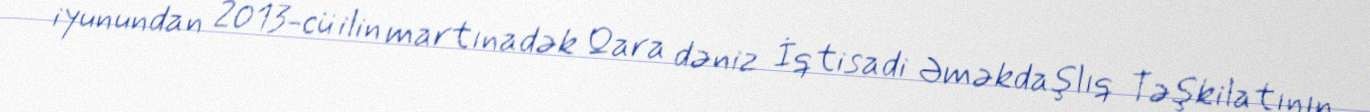
iyunundan 2013-cü ilin martınadək Qara dəniz İqtisadi Əməkdaşlıq Təşkilatının